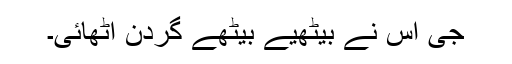
جی اس نے بیٹھیے بیٹھے گردن اٹھائی۔